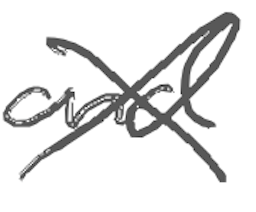
Text: and
Cross-out: cross
Writing tool: digital_gray